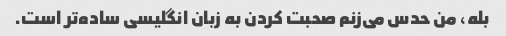
بله، من حدس می‌زنم صحبت کردن به زبان انگلیسی ساده‌تر است.